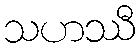
သဟဿီ